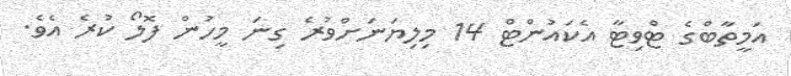
އަމީތާބްގެ ޓްވިޓާ އެކައުންޓް 14 މިލިޔަނަށްވުރެ ގިނަ މީހުން ފޮލޯ ކުރެ އެވެ.